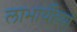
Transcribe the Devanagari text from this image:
लाभार्थीच्या